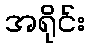
အရိုင်း